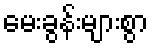
မေးခွန်းများစွာ